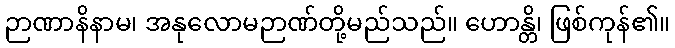
ဉာဏာနိနာမ၊ အနုလောမဉာဏ်တို့မည်သည်။ ဟောန္တိ၊ ဖြစ်ကုန်၏။